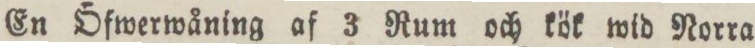
En Öfwerwåning af 3 Rum och kök wid Norra